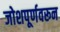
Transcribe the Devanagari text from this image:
जोशपूर्णवरून